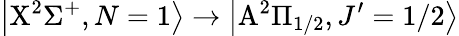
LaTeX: \left|\mathrm{X}^{2}\Sigma^{+},N=1\right>\rightarrow\left|\mathrm{A}^{2}\Pi_{1/2},J^{\prime}=1/2\right>